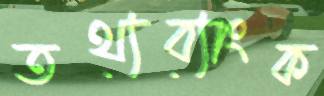
তথ্যব্যাংক